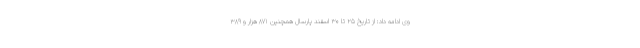
وی ادامه داد: از تاریخ ۲۵ تا ۳۰ اسفند پارسال همچنین ۸۷۱ هزار و ۳۸۹